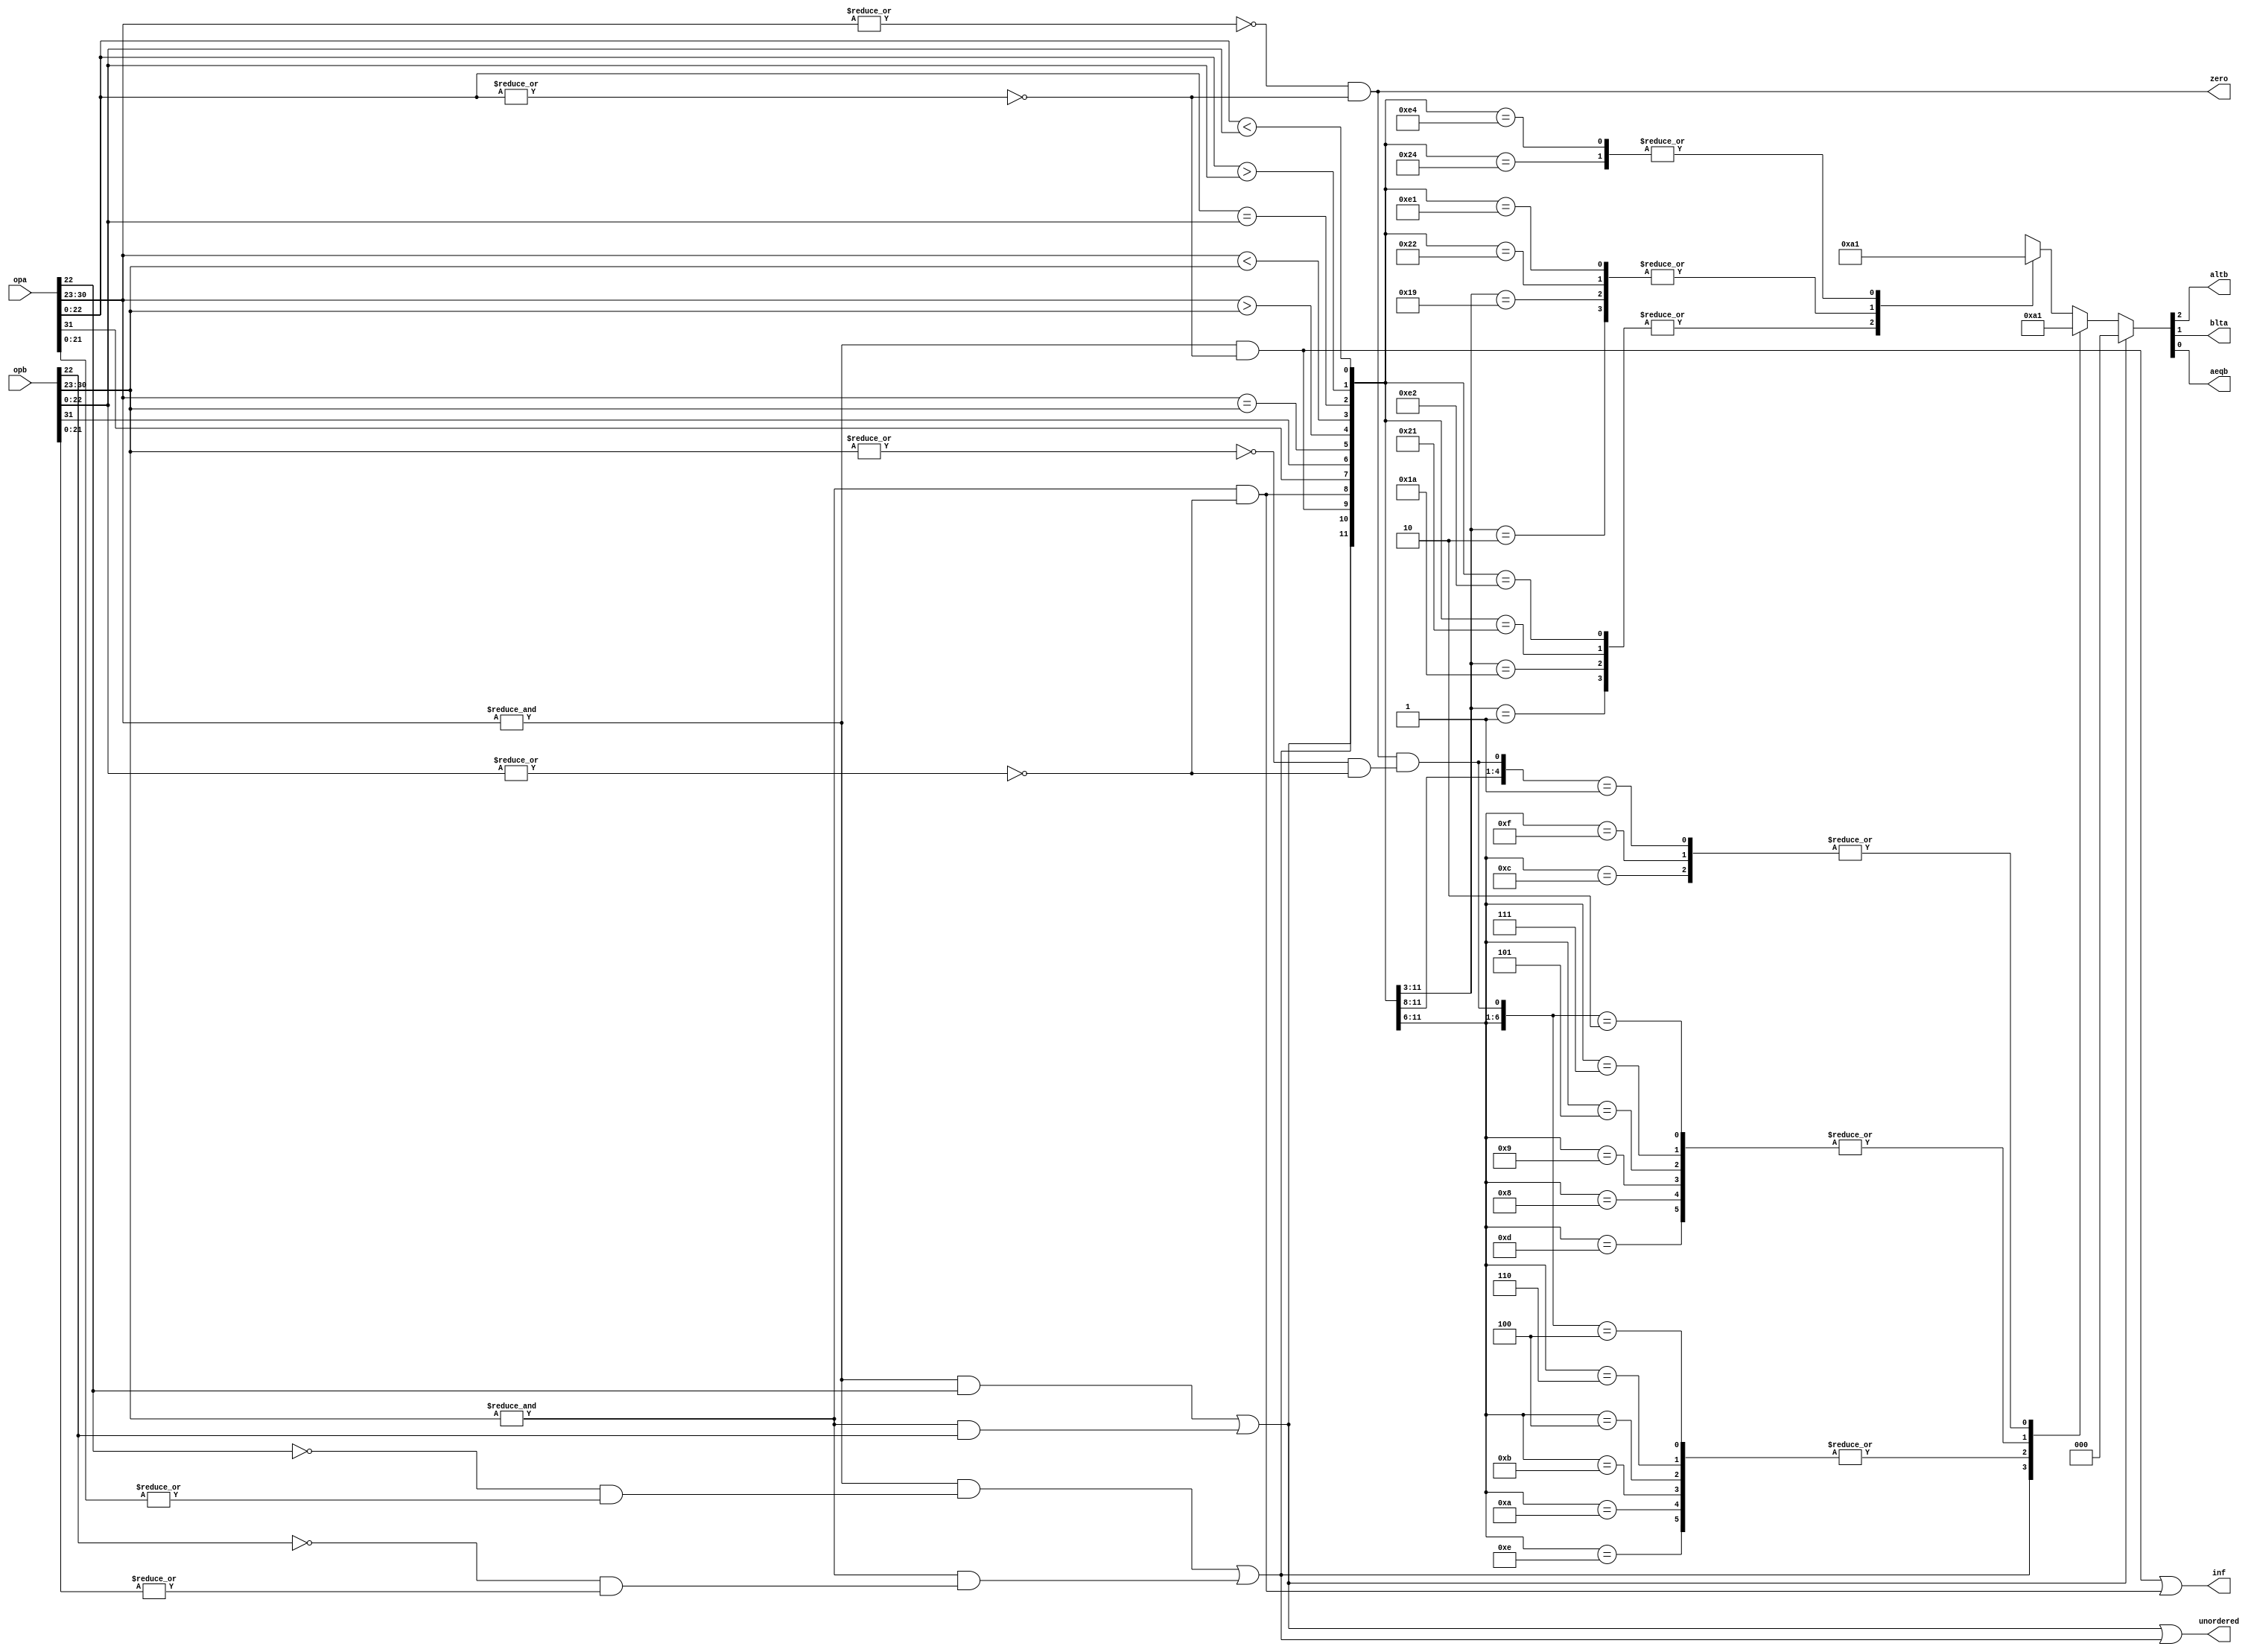
module or1200_fpu_fcmp(opa, opb, unordered, altb, blta, aeqb, inf, zero);
input	[31:0]	opa, opb;
output		unordered;
output		altb, blta, aeqb;
output		inf, zero;
reg		altb, blta, aeqb;
wire		signa, signb;
wire	[7:0]	expa, expb;
wire	[22:0]	fracta, fractb;
wire		expa_ff, expb_ff, fracta_00, fractb_00;
wire		qnan_a, snan_a, qnan_b, snan_b, opa_inf, opb_inf, inf;
wire		qnan, snan, opa_zero, opb_zero;
wire 		exp_eq, exp_gt, exp_lt;
wire 		fract_eq, fract_gt, fract_lt;
wire		all_zero;
assign  signa = opa[31];
assign  signb = opb[31];
assign   expa = opa[30:23];
assign   expb = opb[30:23];
assign fracta = opa[22:0];
assign fractb = opb[22:0];
assign expa_ff = &expa;
assign expb_ff = &expb;
assign fracta_00 = !(|fracta);
assign fractb_00 = !(|fractb);
assign qnan_a =  fracta[22];
assign snan_a = !fracta[22] & |fracta[21:0];
assign qnan_b =  fractb[22];
assign snan_b = !fractb[22] & |fractb[21:0];
assign opa_inf = (expa_ff & fracta_00);
assign opb_inf = (expb_ff & fractb_00);
assign inf  = opa_inf | opb_inf;
assign qnan = (expa_ff & qnan_a) | (expb_ff & qnan_b);
assign snan = (expa_ff & snan_a) | (expb_ff & snan_b);
assign unordered = qnan | snan;
assign opa_zero = !(|expa) & fracta_00;
assign opb_zero = !(|expb) & fractb_00;
assign zero = opa_zero;
assign exp_eq = expa == expb;
assign exp_gt = expa  > expb;
assign exp_lt = expa  < expb;
assign fract_eq = fracta == fractb;
assign fract_gt = fracta  > fractb;
assign fract_lt = fracta  < fractb;
assign all_zero = opa_zero & opb_zero;
always @( qnan or snan or opa_inf or opb_inf or signa or signb or exp_eq or exp_gt or
	exp_lt or fract_eq or fract_gt or fract_lt or all_zero)
	casez( {qnan, snan, opa_inf, opb_inf, signa, signb, exp_eq, exp_gt, exp_lt, fract_eq, fract_gt, fract_lt, all_zero})
	   13'b1?_??_??_???_???_?: {altb, blta, aeqb} = 3'b000;	
           13'b?1_??_??_???_???_?: {altb, blta, aeqb} = 3'b000;	
           13'b00_11_00_???_???_?: {altb, blta, aeqb} = 3'b001;	
           13'b00_11_01_???_???_?: {altb, blta, aeqb} = 3'b100;
           13'b00_11_10_???_???_?: {altb, blta, aeqb} = 3'b010;
           13'b00_11_11_???_???_?: {altb, blta, aeqb} = 3'b001;
           13'b00_10_00_???_???_?: {altb, blta, aeqb} = 3'b100;	
           13'b00_10_01_???_???_?: {altb, blta, aeqb} = 3'b100;
           13'b00_10_10_???_???_?: {altb, blta, aeqb} = 3'b010;
           13'b00_10_11_???_???_?: {altb, blta, aeqb} = 3'b010;
           13'b00_01_00_???_???_?: {altb, blta, aeqb} = 3'b010;	
           13'b00_01_01_???_???_?: {altb, blta, aeqb} = 3'b100;
           13'b00_01_10_???_???_?: {altb, blta, aeqb} = 3'b010;
           13'b00_01_11_???_???_?: {altb, blta, aeqb} = 3'b100;
           13'b00_00_10_???_???_0: {altb, blta, aeqb} = 3'b010;	
           13'b00_00_01_???_???_0: {altb, blta, aeqb} = 3'b100;	
           13'b00_00_??_???_???_1: {altb, blta, aeqb} = 3'b001;	
           13'b00_00_00_010_???_?: {altb, blta, aeqb} = 3'b100;	
           13'b00_00_00_001_???_?: {altb, blta, aeqb} = 3'b010;
           13'b00_00_11_010_???_?: {altb, blta, aeqb} = 3'b010;
           13'b00_00_11_001_???_?: {altb, blta, aeqb} = 3'b100;
           13'b00_00_00_100_010_?: {altb, blta, aeqb} = 3'b100;	
           13'b00_00_00_100_001_?: {altb, blta, aeqb} = 3'b010;
           13'b00_00_11_100_010_?: {altb, blta, aeqb} = 3'b010;
           13'b00_00_11_100_001_?: {altb, blta, aeqb} = 3'b100;
           13'b00_00_00_100_100_?: {altb, blta, aeqb} = 3'b001;
           13'b00_00_11_100_100_?: {altb, blta, aeqb} = 3'b001;
	   default: {altb, blta, aeqb} = 3'bxxx;
	endcase
endmodule